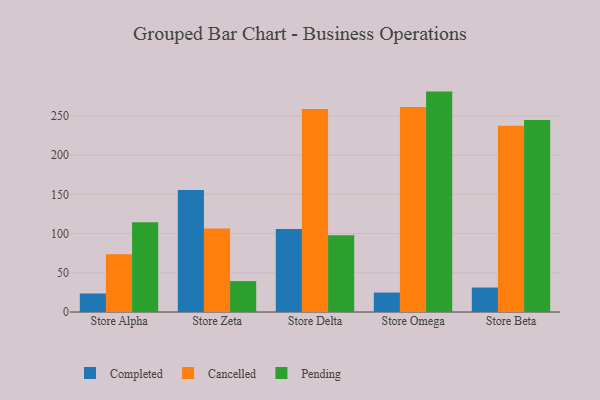
{"axis": {"x": "Store", "y": "Conversion Rate (%)"}, "legend": ["Cancelled", "Completed", "Pending"], "data": [{"x": "Store Alpha", "y": 23.6, "type": "Completed"}, {"x": "Store Alpha", "y": 73.8, "type": "Cancelled"}, {"x": "Store Alpha", "y": 114.6, "type": "Pending"}, {"x": "Store Zeta", "y": 155.5, "type": "Completed"}, {"x": "Store Zeta", "y": 106.6, "type": "Cancelled"}, {"x": "Store Zeta", "y": 39.4, "type": "Pending"}, {"x": "Store Delta", "y": 105.9, "type": "Completed"}, {"x": "Store Delta", "y": 258.9, "type": "Cancelled"}, {"x": "Store Delta", "y": 97.9, "type": "Pending"}, {"x": "Store Omega", "y": 24.8, "type": "Completed"}, {"x": "Store Omega", "y": 261.4, "type": "Cancelled"}, {"x": "Store Omega", "y": 281.1, "type": "Pending"}, {"x": "Store Beta", "y": 31.2, "type": "Completed"}, {"x": "Store Beta", "y": 237.5, "type": "Cancelled"}, {"x": "Store Beta", "y": 244.8, "type": "Pending"}]}